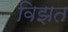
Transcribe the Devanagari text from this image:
विझत